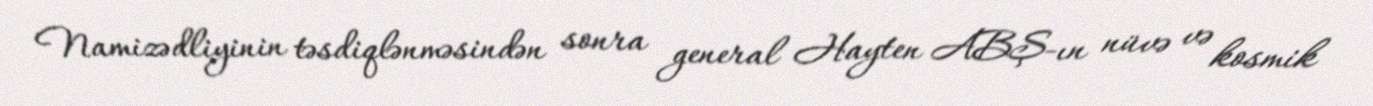
Namizədliyinin təsdiqlənməsindən sonra general Hayten ABŞ-ın nüvə və kosmik